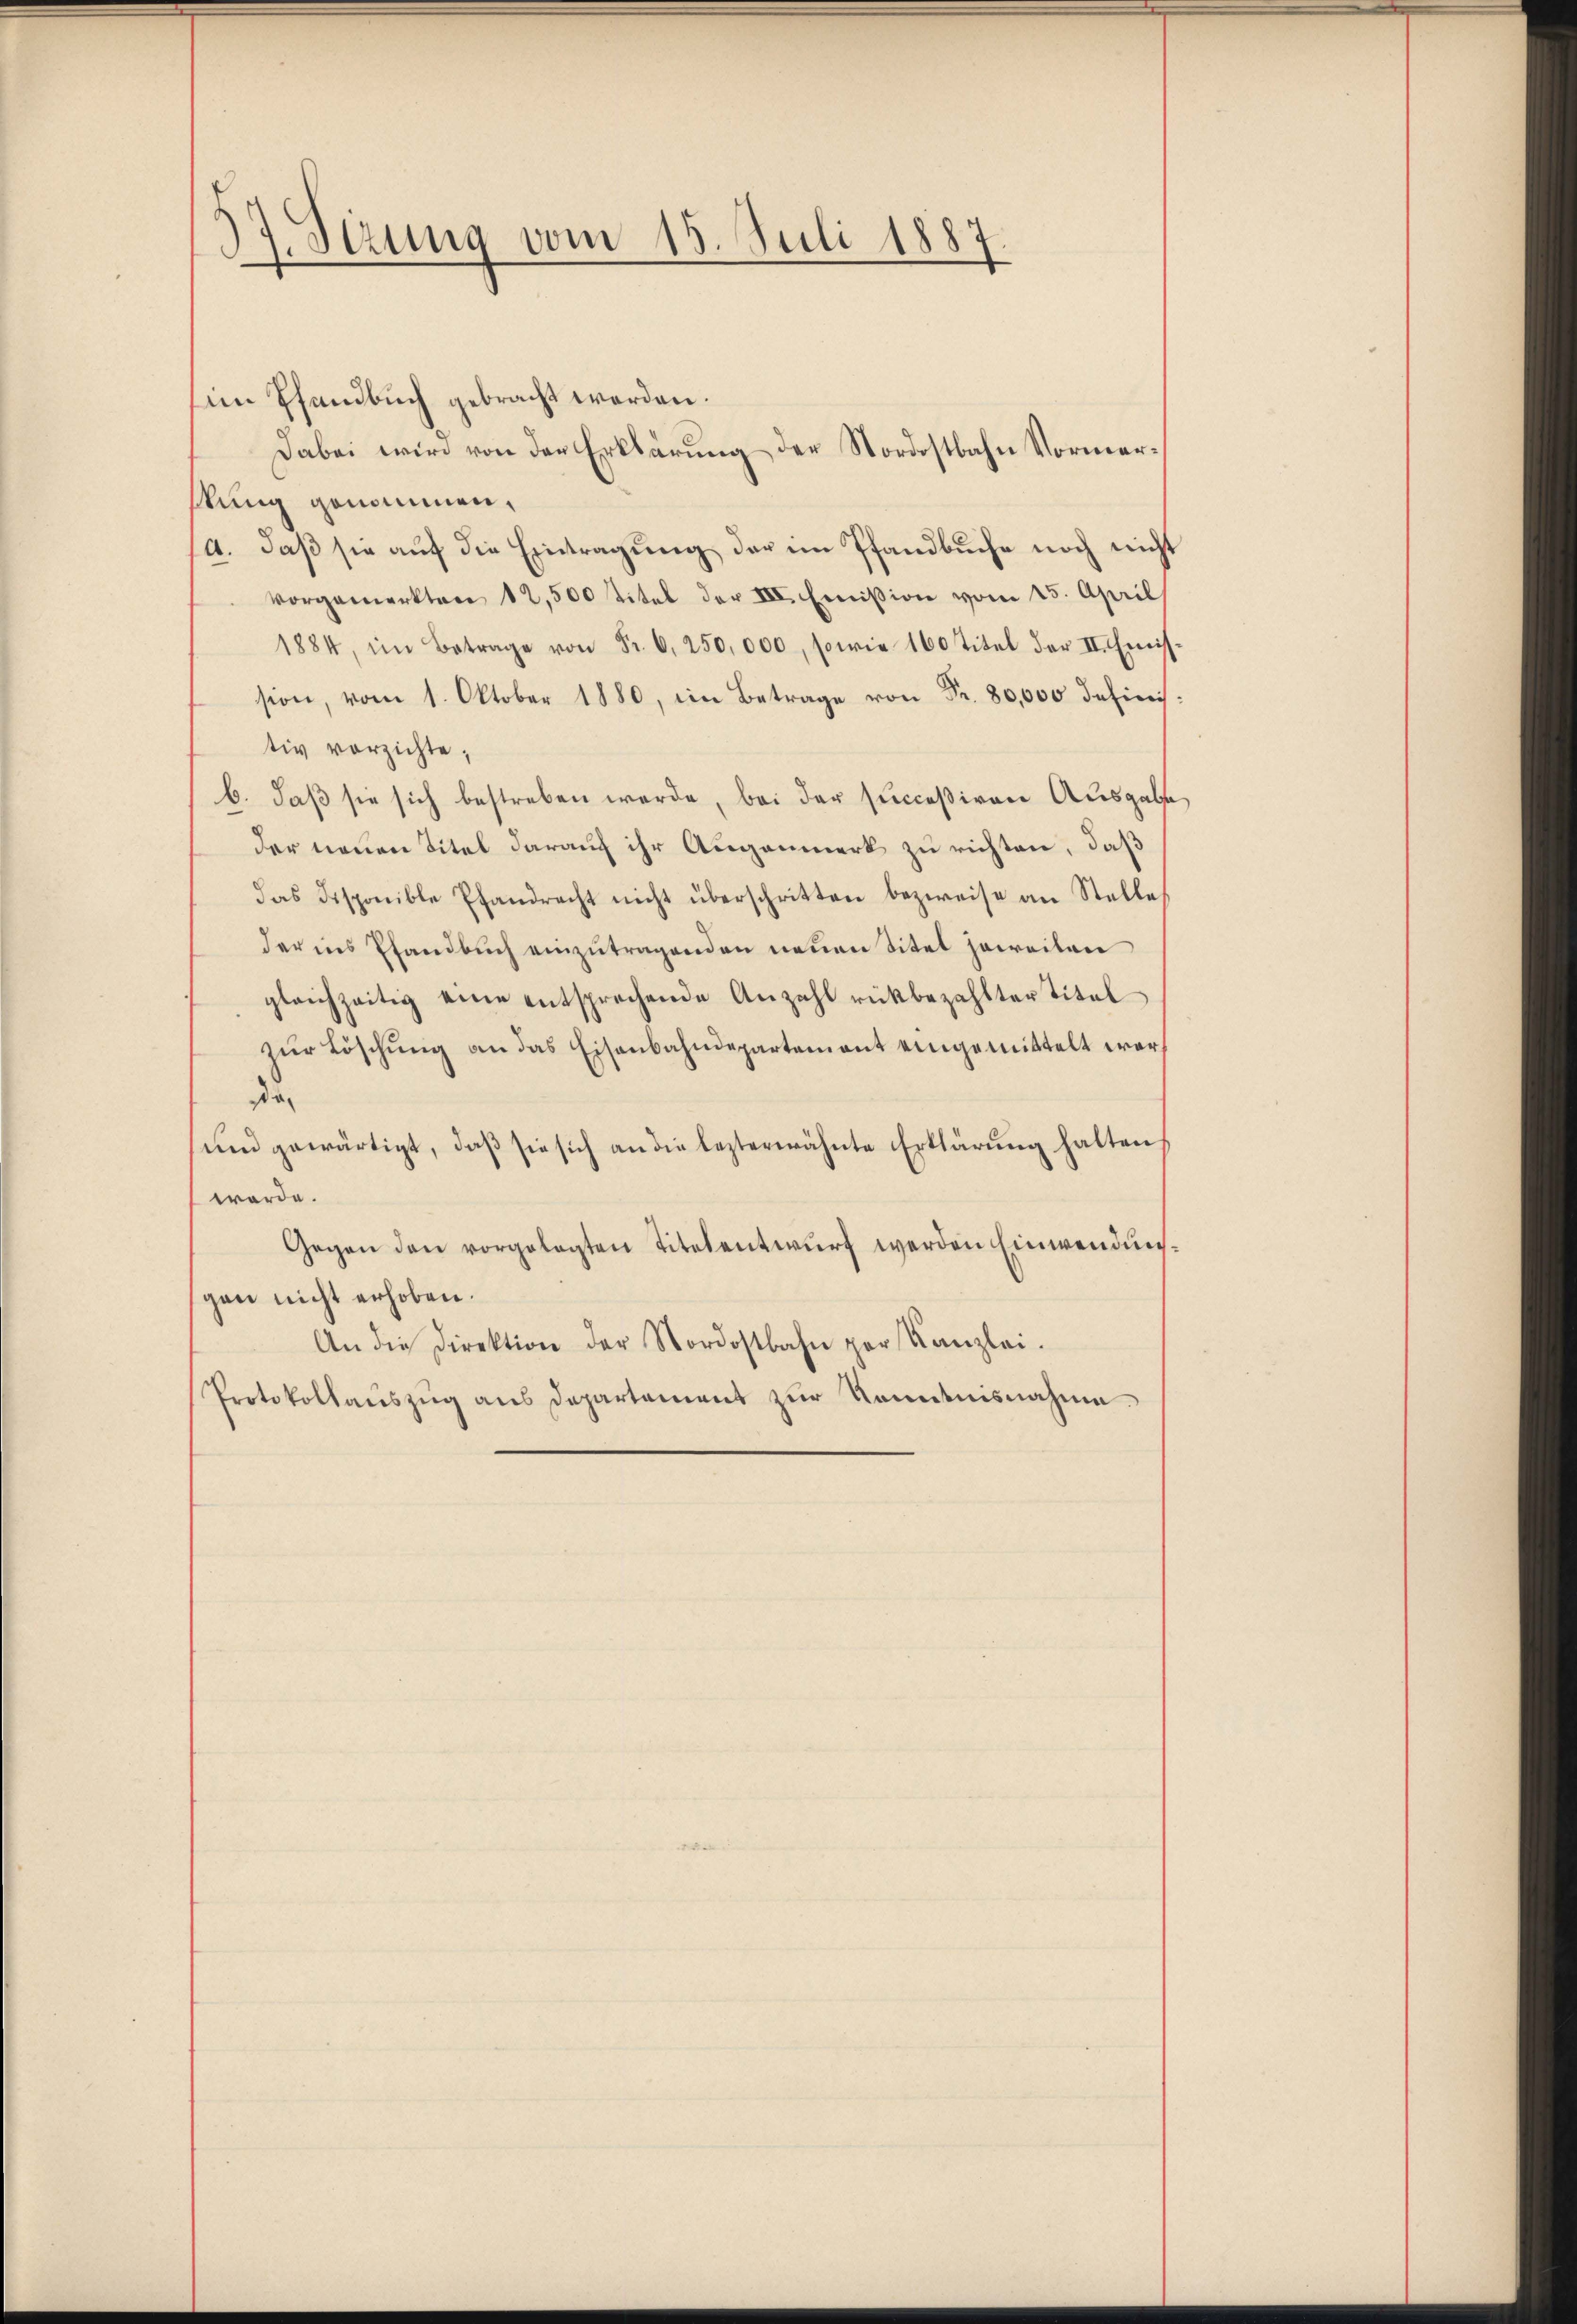
37. Stzung vom 15. Juli 1887

im Pfandbuch gebracht werden.
kung genommen,
A. daβ sie aŭf die Eintragŭng der im Pfandbuche noch nicht
vorgemerkten 12,500 Titel der III. Emission vom 15. April
1884, im Betrage von Fr. 6. 250,000, sowie 160 Titel der II. Emis-
sion, vom 1. Oktober 1880, im Betrage von Fr. 80,000 defini
tiv vorzichte,
b. daß sie sich bestreben werde, bei der succeßiven Ausgabe
der neuen Titel darauf ihr Augenmerk zu richten, daß
das disponible Pfandrecht nicht überschritten bezweise an Stelle,
der ins Pfandbuch einzutragenden neuen Titel jeweiten
gleichzeitig eine entsprechende Anzahl rükbezahlter Titel
zŭr Löschung an das Eisenbahndepartement eingemittelt war
der
und gewärtigt, daß sie sich an die lezterwähnte Erklärung halten,
werde.
Gegen den vorgelegten Titelentwurf werden Einwendungen nicht erhoben.
An die Direktion der Nordostbahn per Kanzlei.
Protokollauszug aus Departement zur Kenntnisnahme.

Dabei wird von der Erklärung der Nordostbahn Vormer¬